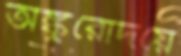
অঙ্কুরোদয়ে